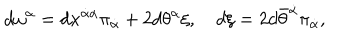
d \omega ^ { \alpha } = d x ^ { \dot { \alpha } \alpha } \pi _ { \dot { \alpha } } + 2 d \theta ^ { \alpha } \xi , \quad d \xi = 2 d \bar { \theta } ^ { \dot { \alpha } } \pi _ { \dot { \alpha } } ,